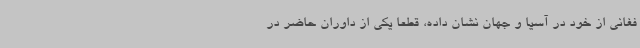
فغانی از خود در آسیا و جهان نشان داده، قطعا یکی از داوران حاضر در